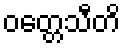
ဝတ္တေသီတိ